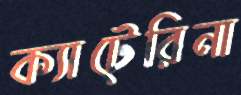
ক্যাটেরিনা